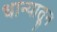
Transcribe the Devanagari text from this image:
धान्यातून